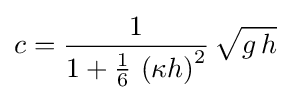
c={\frac {1}{1+{\tfrac {1}{6}}\,\left(\kappa h\right)^{2}}}\,{\sqrt {g\,h}}